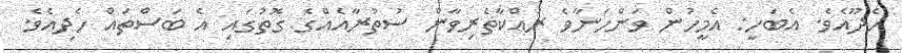
ހެދޫއެވެ. އެބަހީ: އެމީހުން ވަންހަނާވެ ރައްކާތެރިވާން ސުތުރާއެއްގެ ގޮތުގައި އެ ބަސްތައް ހެދިއެވެ.